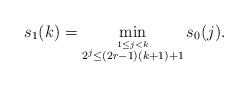
LaTeX: \begin{align*}s_1(k) = \min_{\stackrel{1 \leq j < k}{ 2^j \leq (2r-1)(k+1)+1 }} s_0(j).\end{align*}